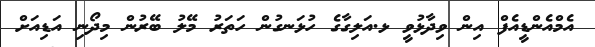
އެމްއެންޑީއެފް އިން ވިދާޅުވީ ޅ.އަލިގާގެ ހުޅަނގުން ހަތަރު މޭލު ބޭރުން މިދޯނި އަޑިއަށް